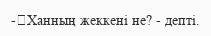
-	Ханның жеккені не? - депті.